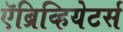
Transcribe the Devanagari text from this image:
ऍब्रिव्हियेटर्स